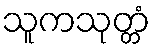
သူကသုတ္တံ